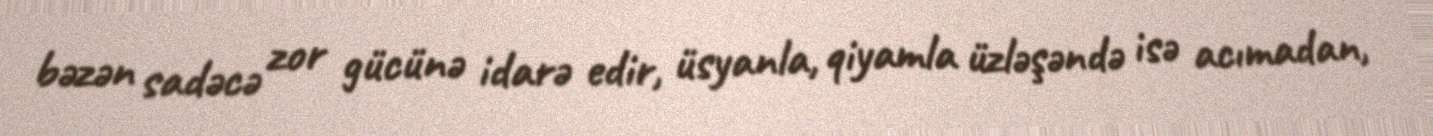
bəzən sadəcə zor gücünə idarə edir, üsyanla, qiyamla üzləşəndə isə acımadan,